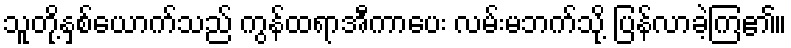
သူတို့နှစ်ယောက်သည် ကွန်ထရာအီကာပေး လမ်းမဘက်သို့ ပြန်လာခဲ့ကြ၏။